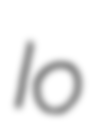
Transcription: Io